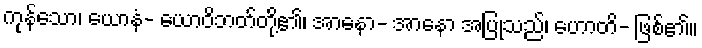
ကုန်သော၊ ယောနံ- ယောဝိဘတ်တို့၏၊ အာနော- အာနော အပြုသည်၊ ဟောတိ- ဖြစ်၏။